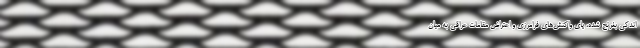
اندکی بغرنج شده، پای واکنش‌های فرامرزی و اعتراض مقامات عراقی به میان